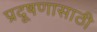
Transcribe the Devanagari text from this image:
प्रदूषणासाठी